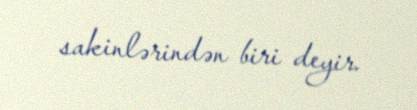
sakinlərindən biri deyir.